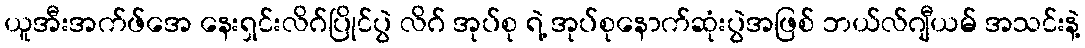
ယူအီးအက်ဖ်အေ နေးရှင်းလိဂ်ပြိုင်ပွဲ လိဂ် အုပ်စု ရဲ့ အုပ်စုနောက်ဆုံးပွဲအဖြစ် ဘယ်လ်ဂျီယမ် အသင်းနဲ့